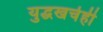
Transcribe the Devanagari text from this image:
युद्धखर्चही